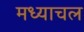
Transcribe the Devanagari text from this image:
मध्याचल